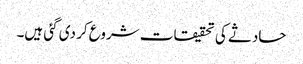
حادثے کی تحقیقات شروع کر دی گئی ہیں۔